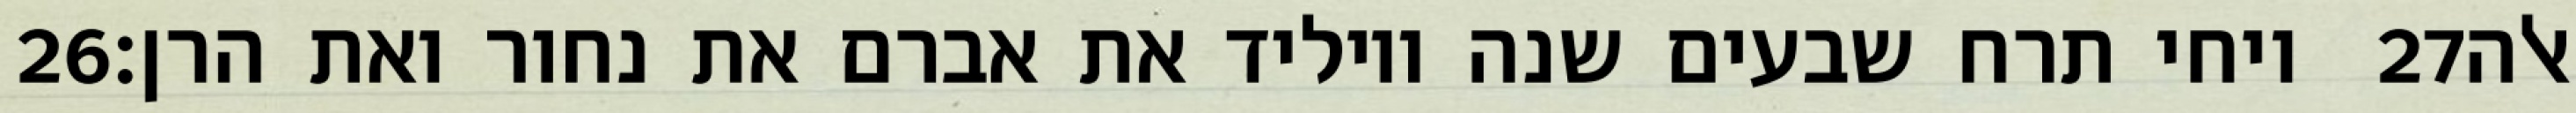
‎26‏ ויחי תרח שבעים שנה ויוליד את אברם את נחור ואת הרן׃ ‎27‏ אלה